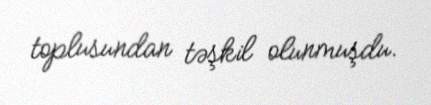
toplusundan təşkil olunmuşdu.